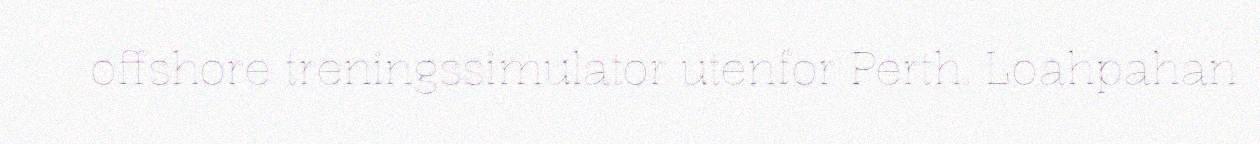
offshore treningssimulator utenfor Perth. Loahpahan